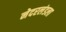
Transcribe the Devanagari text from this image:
नेदरलंडला